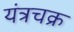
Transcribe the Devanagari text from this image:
यंत्रचक्र